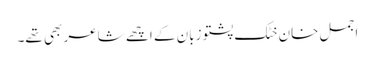
اجمل خان خٹک پشتو زبان کے اچھے شاعر بھی تھے۔